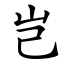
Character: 岂